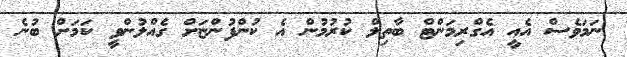
ނަމަވެސް އެއީ އެގްރިމަންޓް ބާތިލް ކުރުމުން އެ ކުންފުންޏަށް ގެއްލުންވީ ކަމަށް ބުނެ